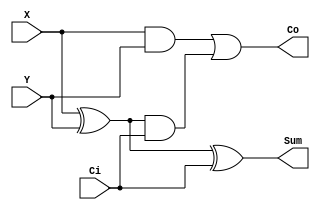
//bo cong 1 bit

module CLA1bit(X, Y, Ci, Co, Sum);
	input  X, Y; //ngo vao hai so 4 bits
	input Ci; //co nho ngo vao
	output Sum;//ngo ra 4 bits
	output Co; //co nho ngo ra
	wire Pi, Gi; //lan luot la carry propagate va carry generate


	xor xor1(Pi, X, Y);
	and and1(Gi, X, Y);
	and and2(temp1, Pi, Ci); 
	or or1(Co, Gi, temp1);
	xor xor2(Sum, Pi, Ci);
	
	
endmodule